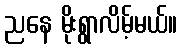
ညနေ မိုးရွာလိမ့်မယ်။